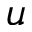
u